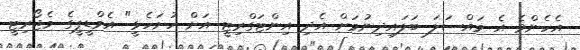
އެހެންވެ އެ މައްސަލަ ބަލައިދިނުމަށް އެދި އިންޓަގްރިޓީ އަށް ހުށަހެޅީ" އެމްޑީޕީގެ މެޖޯރިޓީ